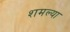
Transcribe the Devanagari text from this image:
शमल्या